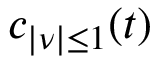
c _ { \lvert \nu \rvert \leq 1 } ( t )